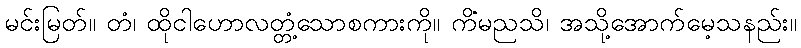
မင်းမြတ်။ တံ၊ ထိုငါဟောလတ္တံ့သောစကားကို။ ကိံမညသိ၊ အသို့အောက်မေ့သနည်း။